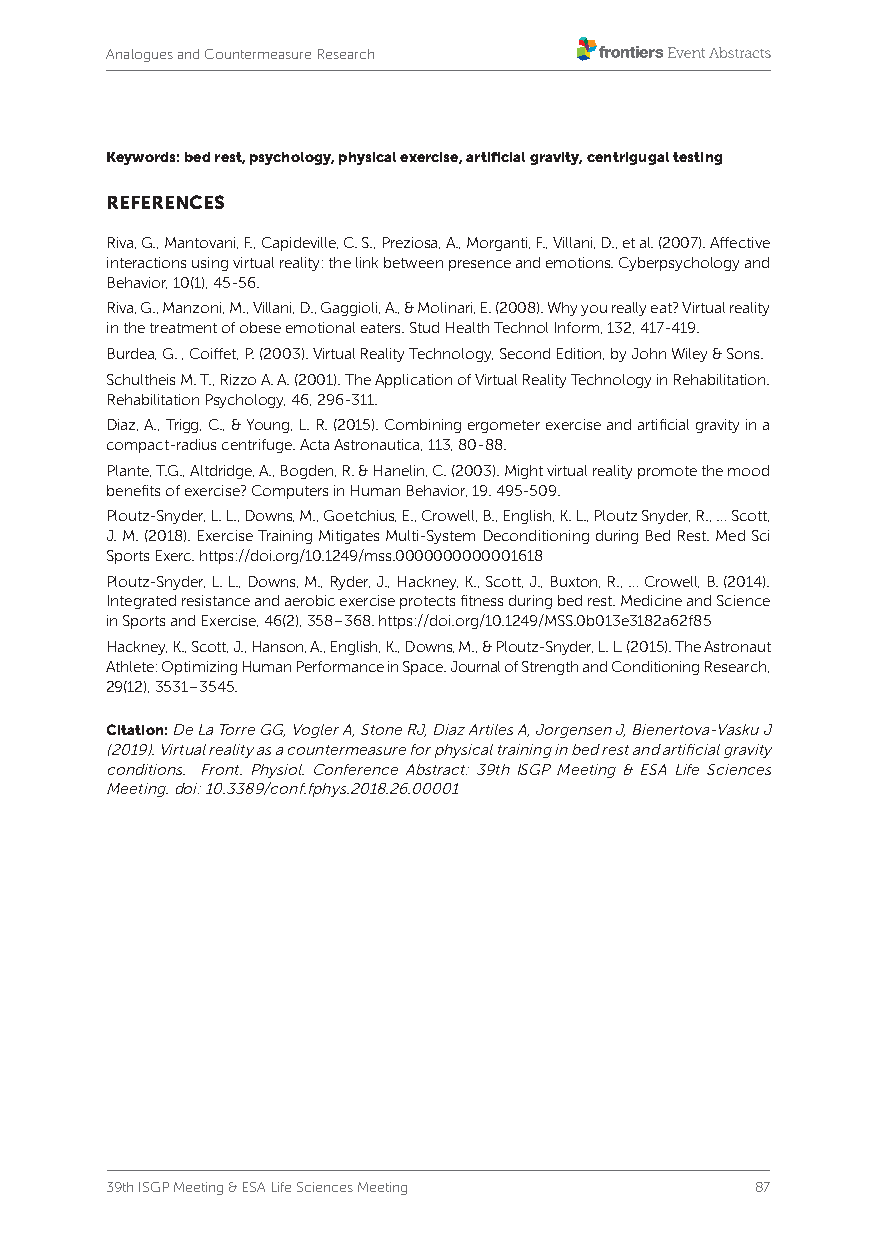
Analogues and Countermeasure Research
 Keywords: bed rest, psychology, physical exercise, artificial gravity, centrigugal testing
 REFERENCES
 Riva, G., Mantovani, F., Capideville, C. S., Preziosa, A., Morganti, F., Villani, D., et al. (2007). Affective
 interactions using virtual reality: the link between presence and emotions. Cyberpsychology and
 Behavior, 10(1), 45-56.
 Riva, G., Manzoni, M., Villani, D., Gaggioli, A., & Molinari, E. (2008). Why you really eat? Virtual reality
 in the treatment of obese emotional eaters. Stud Health Technol Inform, 132, 417-419.
 Burdea, G. , Coiffet, P. (2003). Virtual Reality Technology, Second Edition, by John Wiley & Sons.
 Schultheis M. T., Rizzo A. A. (2001). The Application of Virtual Reality Technology in Rehabilitation.
 Rehabilitation Psychology, 46, 296-311.
 Diaz, A., Trigg, C., & Young, L. R. (2015). Combining ergometer exercise and artificial gravity in a
 compact-radius centrifuge. Acta Astronautica, 113, 80-88.
 Plante, T.G., Altdridge, A., Bogden, R. & Hanelin, C. (2003). Might virtual reality promote the mood
 benefits of exercise? Computers in Human Behavior, 19. 495-509.
 Ploutz-Snyder, L. L., Downs, M., Goetchius, E., Crowell, B., English, K. L., Ploutz Snyder, R., … Scott,
 J. M. (2018). Exercise Training Mitigates Multi-System Deconditioning during Bed Rest. Med Sci
 Sports Exerc. https://doi.org/10.1249/mss.0000000000001618
 Ploutz-Snyder, L. L., Downs, M., Ryder, J., Hackney, K., Scott, J., Buxton, R., … Crowell, B. (2014).
 Integrated resistance and aerobic exercise protects fitness during bed rest. Medicine and Science
 in Sports and Exercise, 46(2), 358–368. https://doi.org/10.1249/MSS.0b013e3182a62f85
 Hackney, K., Scott, J., Hanson, A., English, K., Downs, M., & Ploutz-Snyder, L. L. (2015). The Astronaut
 Athlete: Optimizing Human Performance in Space. Journal of Strength and Conditioning Research,
 29(12), 3531–3545.
 Citation: De La Torre GG, Vogler A, Stone RJ, Diaz Artiles A, Jorgensen J, Bienertova-Vasku J
 (2019). Virtual reality as a countermeasure for physical training in bed rest and artificial gravity
 conditions. Front. Physiol. Conference Abstract: 39th ISGP Meeting & ESA Life Sciences
 Meeting. doi: 10.3389/conf.fphys.2018.26.00001
 39th ISGP Meeting & ESA Life Sciences Meeting 87